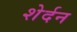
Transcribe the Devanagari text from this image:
शेर्दन